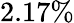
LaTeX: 2.17\%